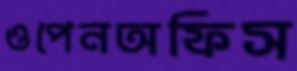
ওপেনঅফিস